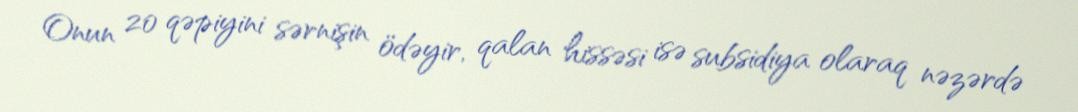
Onun 20 qəpiyini sərnişin ödəyir, qalan hissəsi isə subsidiya olaraq nəzərdə